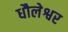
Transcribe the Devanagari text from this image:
धौलेश्वर